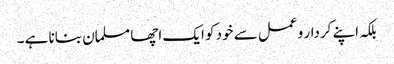
بلکہ اپنے کردار و عمل سے خود کو ایک اچھا مسلمان بنانا ہے ۔